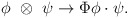
\begin{align*}\phi~\otimes~\psi\rightarrow \Phi\phi\cdot\psi.\end{align*}